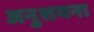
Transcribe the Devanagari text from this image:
अनुशयना